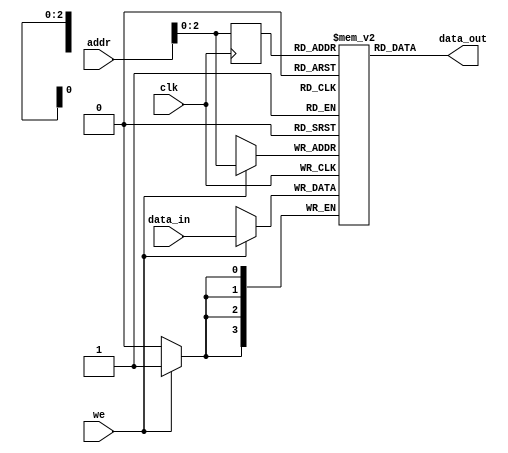
`timescale 1ns / 1ps

module SRAM(
input [3:0] data_in,
input [7:0] addr,
input we, clk,
output [3:0] data_out
);

reg [3:0] ram[7:0];
reg [7:0] addr_reg;

always @ (posedge clk)
begin
    if (we)
        ram[addr] <= data_in;
    addr_reg <= addr;
end

assign data_out = ram[addr_reg];

endmodule